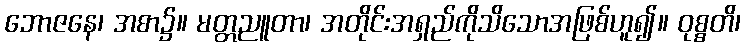
ဘောဇနေ၊ အစာ၌။ မတ္တညူတာ၊ အတိုင်းအရှည်ကိုသိသောအဖြစ်ဟူ၍။ ဝုစ္စတိ၊